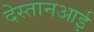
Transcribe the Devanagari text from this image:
देस्तानआई